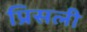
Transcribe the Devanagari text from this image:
प्रिसली